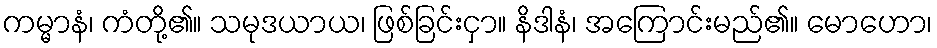
ကမ္မာနံ၊ ကံတို့၏။ သမုဒယာယ၊ ဖြစ်ခြင်းငှာ။ နိဒါနံ၊ အကြောင်းမည်၏။ မောဟော၊